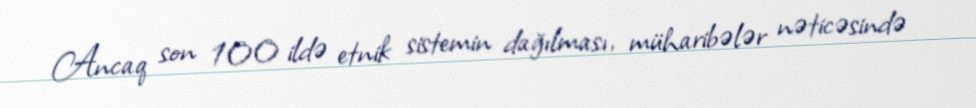
Ancaq son 100 ildə etnik sistemin dağılması, müharibələr nəticəsində